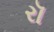
રૉ